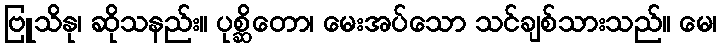
ဗြူသိနု၊ ဆိုသနည်း။ ပုစ္ဆိတော၊ မေးအပ်သော သင်ချစ်သားသည်။ မေ၊